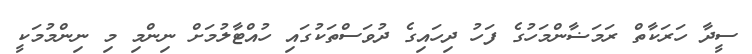
ސީދާ ހަރަކާތް ރަމަޟާންމަހުގެ ފަހު ދިހައިގެ ދުވަސްތަކުގައި ހުއްޓާލުމަށް ނިންމި މި ނިންމުމަކީ